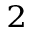
^ 2